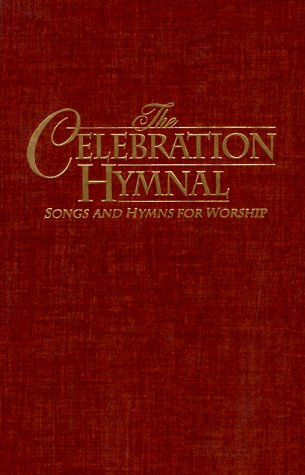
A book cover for Celebration Hymnal: Songs and Hymns for Worship; Word Music; Christian Books & Bibles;